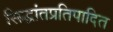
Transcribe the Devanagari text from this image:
सिद्धांतप्रतिपादित